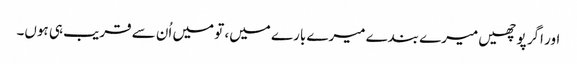
اور اگر پوچھیں میرے بندے میرے بارے میں، تو میں اُن سے قریب ہی ہوں۔